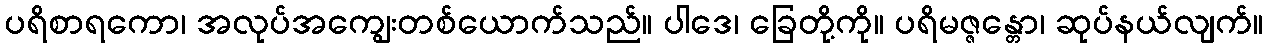
ပရိစာရကော၊ အလုပ်အကျွေးတစ်ယောက်သည်။ ပါဒေ၊ ခြေတို့ကို။ ပရိမဇ္ဇန္တော၊ ဆုပ်နယ်လျက်။